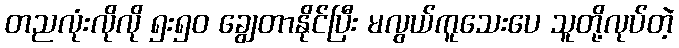
တညလုံးလိုလို ၅း၅၀ ချွေတာနိုင်ပြီး မလွယ်ကူသေးပေ သူတို့လုပ်တဲ့